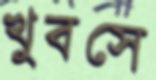
খুবসে